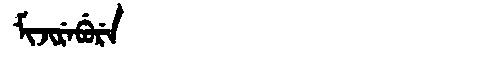
Manchu: ᠮᡳᠵᡳᡵᡝᠪᡠᡵᡝ
Romanization: MIJIREBURE